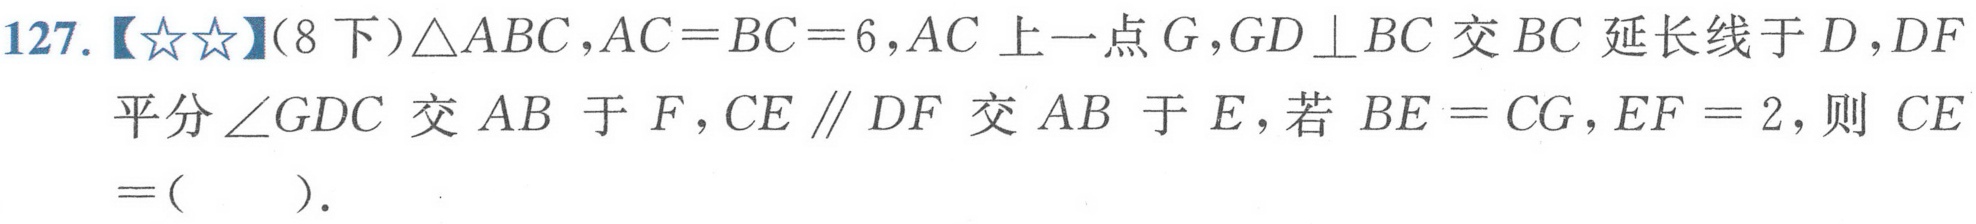
127.【★★】(8下)\(\triangle ABC\)，\(AC = BC = 6\)，\(AC\)上一点\(G\)，\(GD\perp BC\)交\(BC\)延长线于\(D\)，\(DF\)平分\(\angle GDC\)交\(AB\)于\(F\)，\(CE\parallel DF\)交\(AB\)于\(E\)，若\(BE = CG\)，\(EF = 2\)，则 \(CE=(\ \ \ \ \ )\).